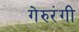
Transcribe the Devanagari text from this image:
गेरुरंगी